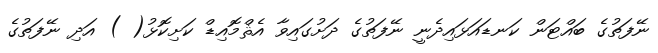
ނޭފަތުގެ ބައްޓަން ކަނޑައަޅައިދެނީ ނޭފަތުގެ ދަށުގައިވާ އެޘްމޮއިޑް ކަށިކޮޅު( ) އަދި ނޭފަތުގެ